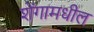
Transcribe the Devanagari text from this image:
शेंगामधील